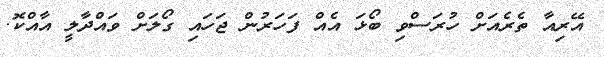
އޭރިއާ ތެރެއަށް ހުރަސްވި ބޯޅަ އެއް ފަހަރުން ޖަހައި ގޯލަށް ވައްދާލީ އާއްކޮ.